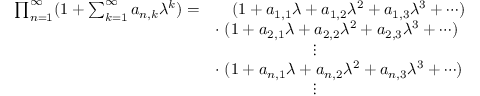
\begin{array} { r l } { \prod _ { n = 1 } ^ { \infty } ( 1 + \sum _ { k = 1 } ^ { \infty } a _ { n , k } \lambda ^ { k } ) = } & { \quad ( 1 + a _ { 1 , 1 } \lambda + a _ { 1 , 2 } \lambda ^ { 2 } + a _ { 1 , 3 } \lambda ^ { 3 } + \cdots ) } \\ & { \cdot \; ( 1 + a _ { 2 , 1 } \lambda + a _ { 2 , 2 } \lambda ^ { 2 } + a _ { 2 , 3 } \lambda ^ { 3 } + \cdots ) } \\ & { \quad \quad \quad \quad \quad \quad \vdots } \\ & { \cdot \; ( 1 + a _ { n , 1 } \lambda + a _ { n , 2 } \lambda ^ { 2 } + a _ { n , 3 } \lambda ^ { 3 } + \cdots ) } \\ & { \quad \quad \quad \quad \quad \quad \vdots } \end{array}